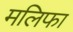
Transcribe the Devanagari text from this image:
मलिफा